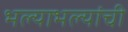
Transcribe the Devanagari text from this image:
भल्याभल्यांची